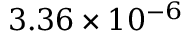
3 . 3 6 \times 1 0 ^ { - 6 }